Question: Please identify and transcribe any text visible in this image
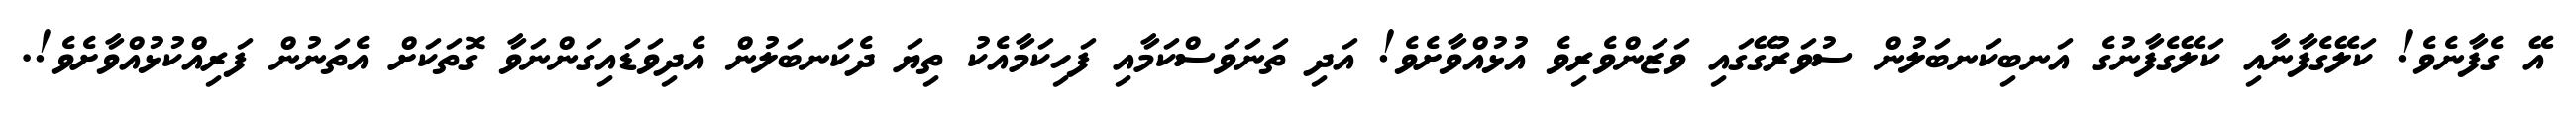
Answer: އޭ ގެފާނެވެ! ކަލޭގެފާނާއި ކަލޭގެފާނުގެ އަނބިކަނބަލުން ސުވަރުގޭގައި ވަޒަންވެރިވެ އުޅުއްވާށެވެ! އަދި ތަނަވަސްކަމާއި ފަހިކަމާއެކު ތިޔަ ދެކަނބަލުން އެދިވަޑައިގަންނަވާ ގޮތަކަށް އެތަނުން ފަރިއްކުޅުއްވާށެވެ!.